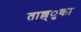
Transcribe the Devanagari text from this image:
ताल्ल्ुका